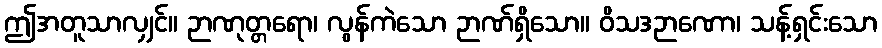
ဤအတူသာလျှင်။ ဉာဏုတ္တရော၊ လွန်ကဲသော ဉာဏ်ရှိသော။ ဝိသဒဉာဏော၊ သန့်ရှင်းသော